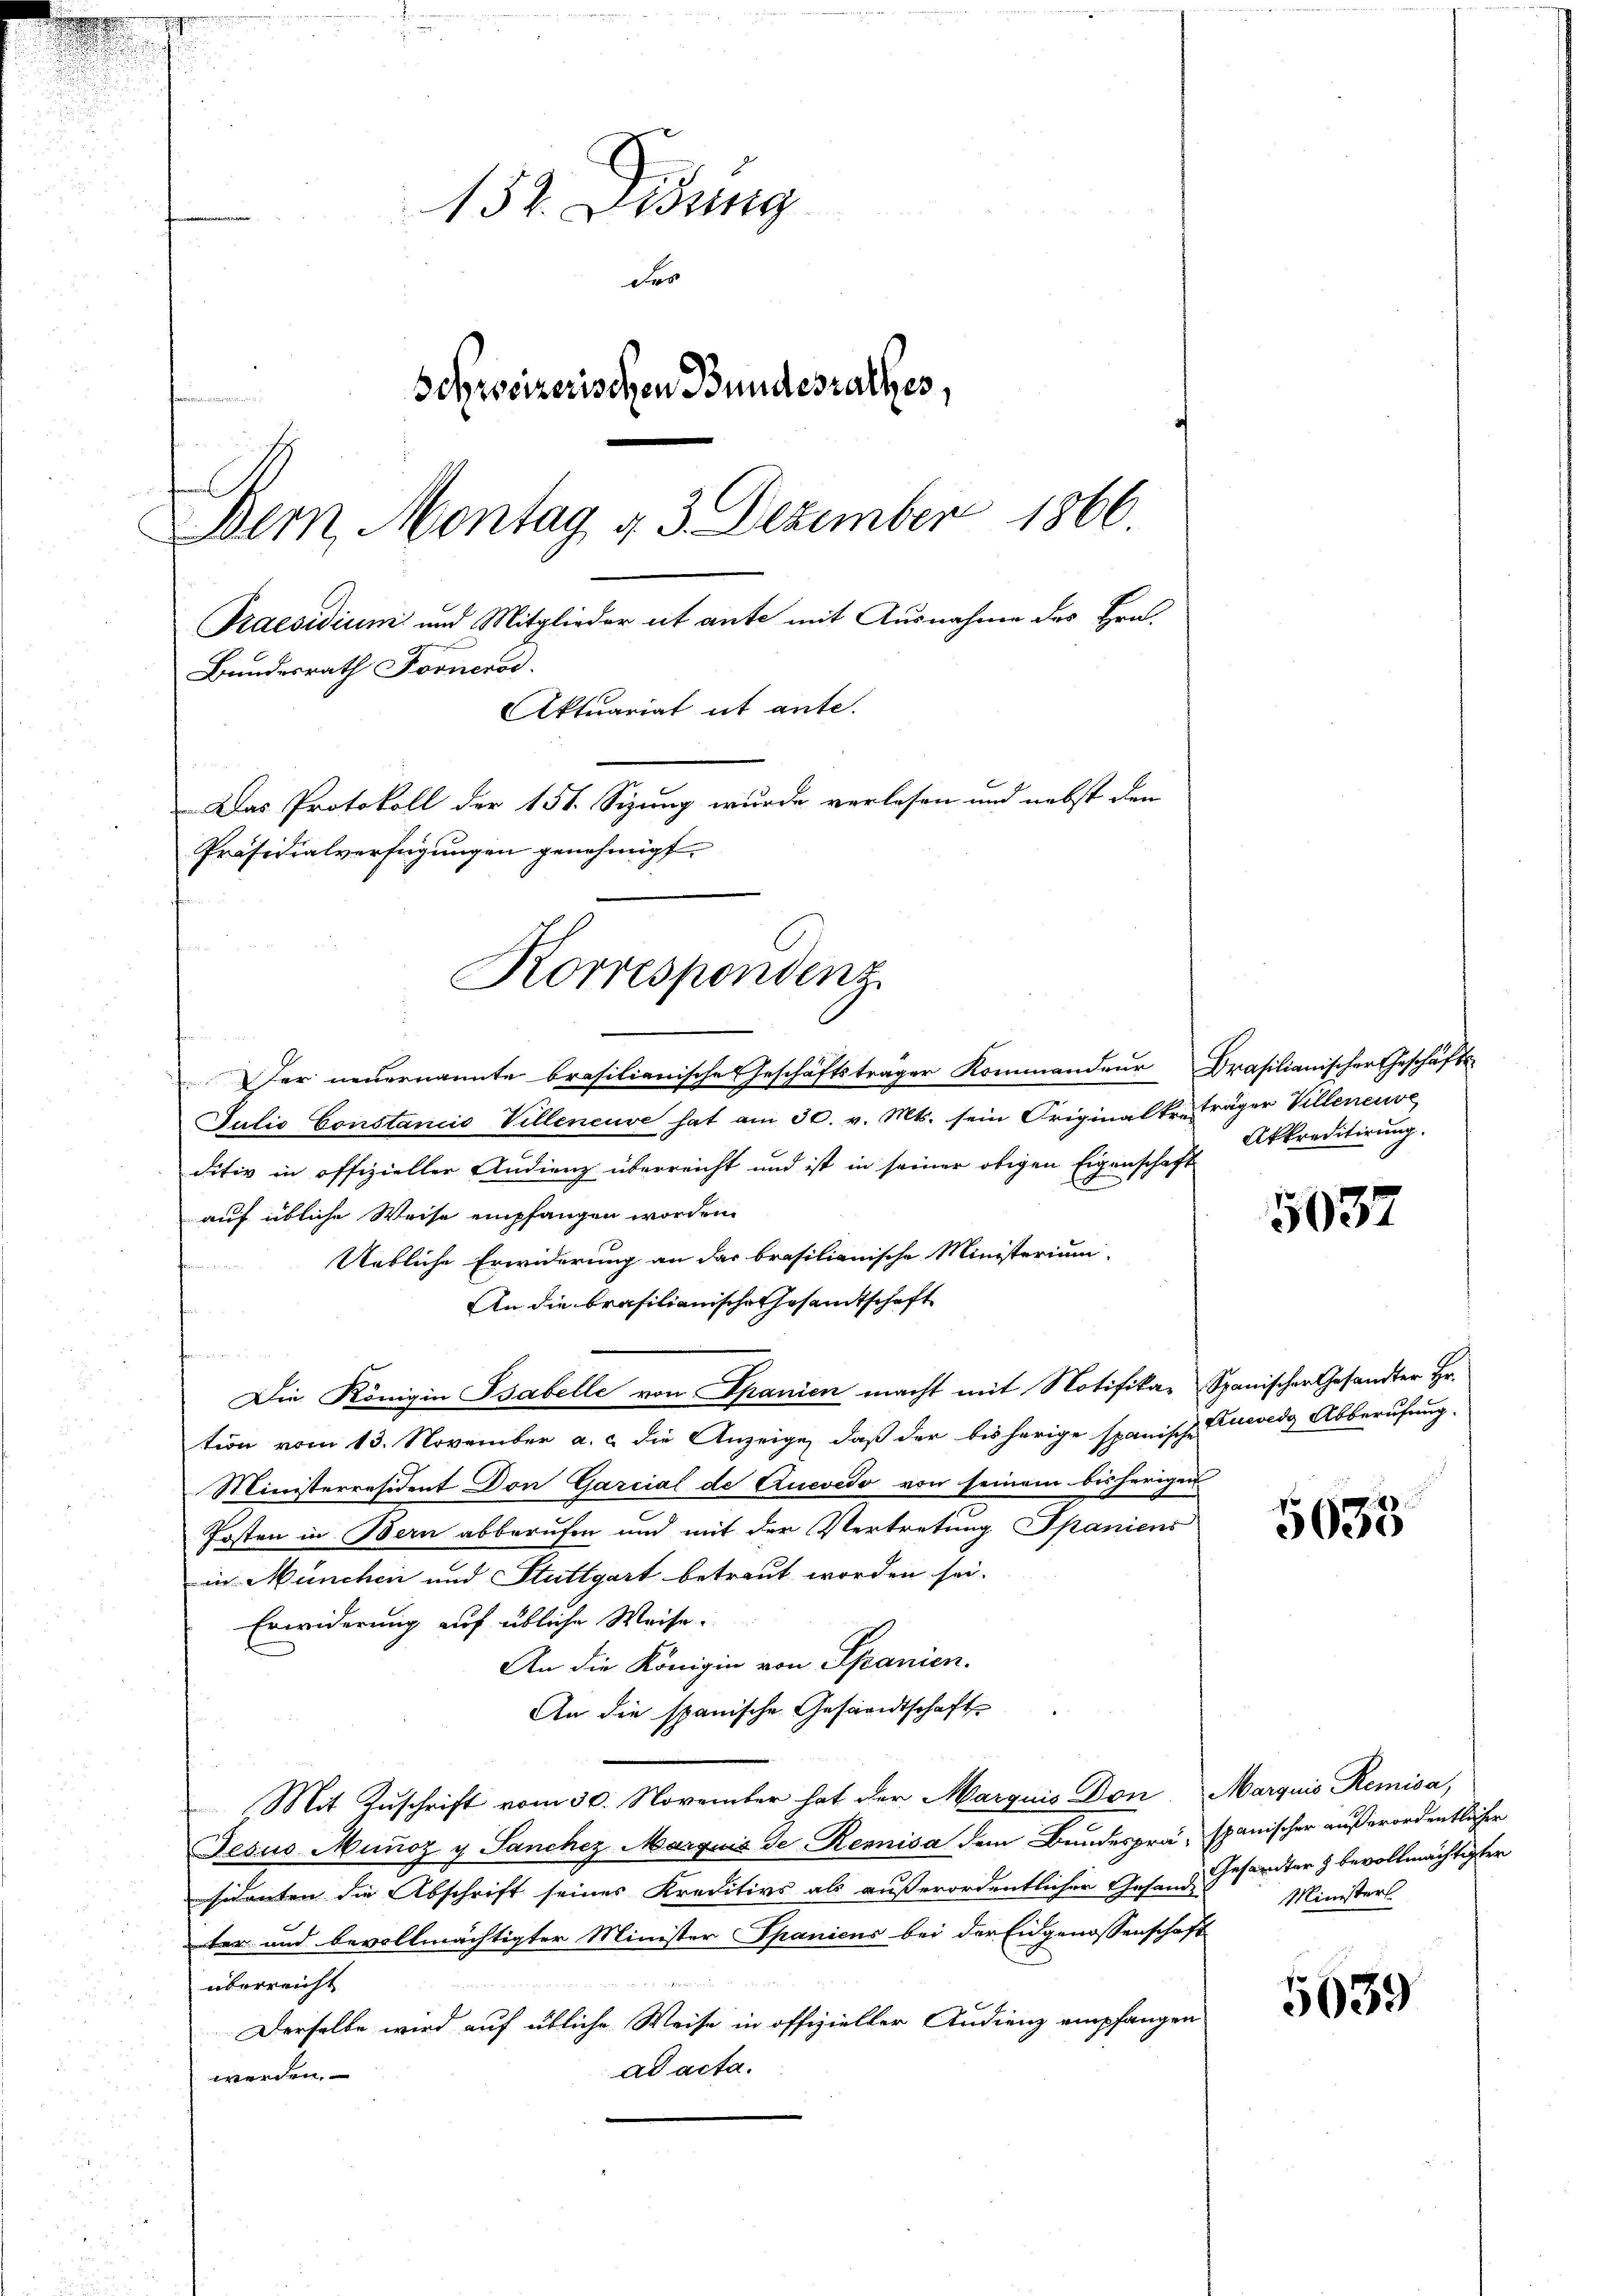
.

152. Diezing
Dr
Behweizerischen Bundesrathes,
Dem Montag, d. 3. Dezember 1866.
Praesidium und Mitglieder eit ante mit Ausnahme des Hrn.
Bundesrath Fornerod.
Aktuariat et ante.
Das Protokoll der 151. Sizung wurde verlesen und nebst den
Präsidialverfügungen genehmigt.
Korrespondenz

Der neuernannte brasilianische Geschäftsträger Kommandeur Brasilianischer Geschäfts-
Julio Constancis Villeneuve hat am 30. v. Mts. sein Originalkr. Träger Villeneuve
ditiv in offizieller Studienz überreicht und ist in seiner obigen Eigenschaft
auf übliche Weise empfangen worden.
Uetliche Erwiderung an das brasilianische Ministerium
An die brasilianische Gesandtschaft
u
Die Königin Gabelle von Spanien macht mit Notifika- Spanischer Gesandter Hr.
tion vom 13. November a. c. die Anzeige, daß der bisherige spanische Cueveds Abberufung.
Ministerresident Don Garcial de Quevedo von seinem bisherigen
Posten in Bern abberufen und mit der Vertretung Spaniens
in München und Stuttgart betraut worden sei.
Erwiderung auf übliche Weise.
An die Königin von Spanien.
An die spanische Gesandtschaft
Mit Zuschrift vom 30. November hat der Marquis Don Marquis Remisa,
Jesus Munoz u Sanchez Marquis de Rennisa dem Bundesprä- spanischer außerordentlicher
sidenten die Abschrift seines Kreditirs als außerordentlicher Gesand Gesandter & bevollmächtigter
ter und bevollmächtigter Minister Spanicus bei der Eidgenossenschaft
überreicht
Derselbe wird auf übliche Weise in offizieller Audienz empfangen
ad acta.
werden.

Akkreditirung.

5037

5038

5639

Ministerl